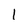
Character: 1